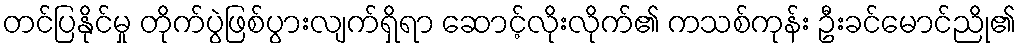
တင်ပြနိုင်မှု တိုက်ပွဲဖြစ်ပွားလျက်ရှိရာ ဆောင့်လိုးလိုက်၏ ကသစ်ကုန်း ဦးခင်မောင်ညို၏